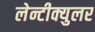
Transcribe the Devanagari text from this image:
लेन्टीक्युलर